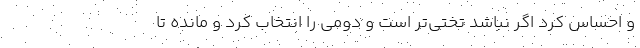
و احساس کرد اگر نباشد تختی‌تر است و دومی را انتخاب کرد و مانده تا